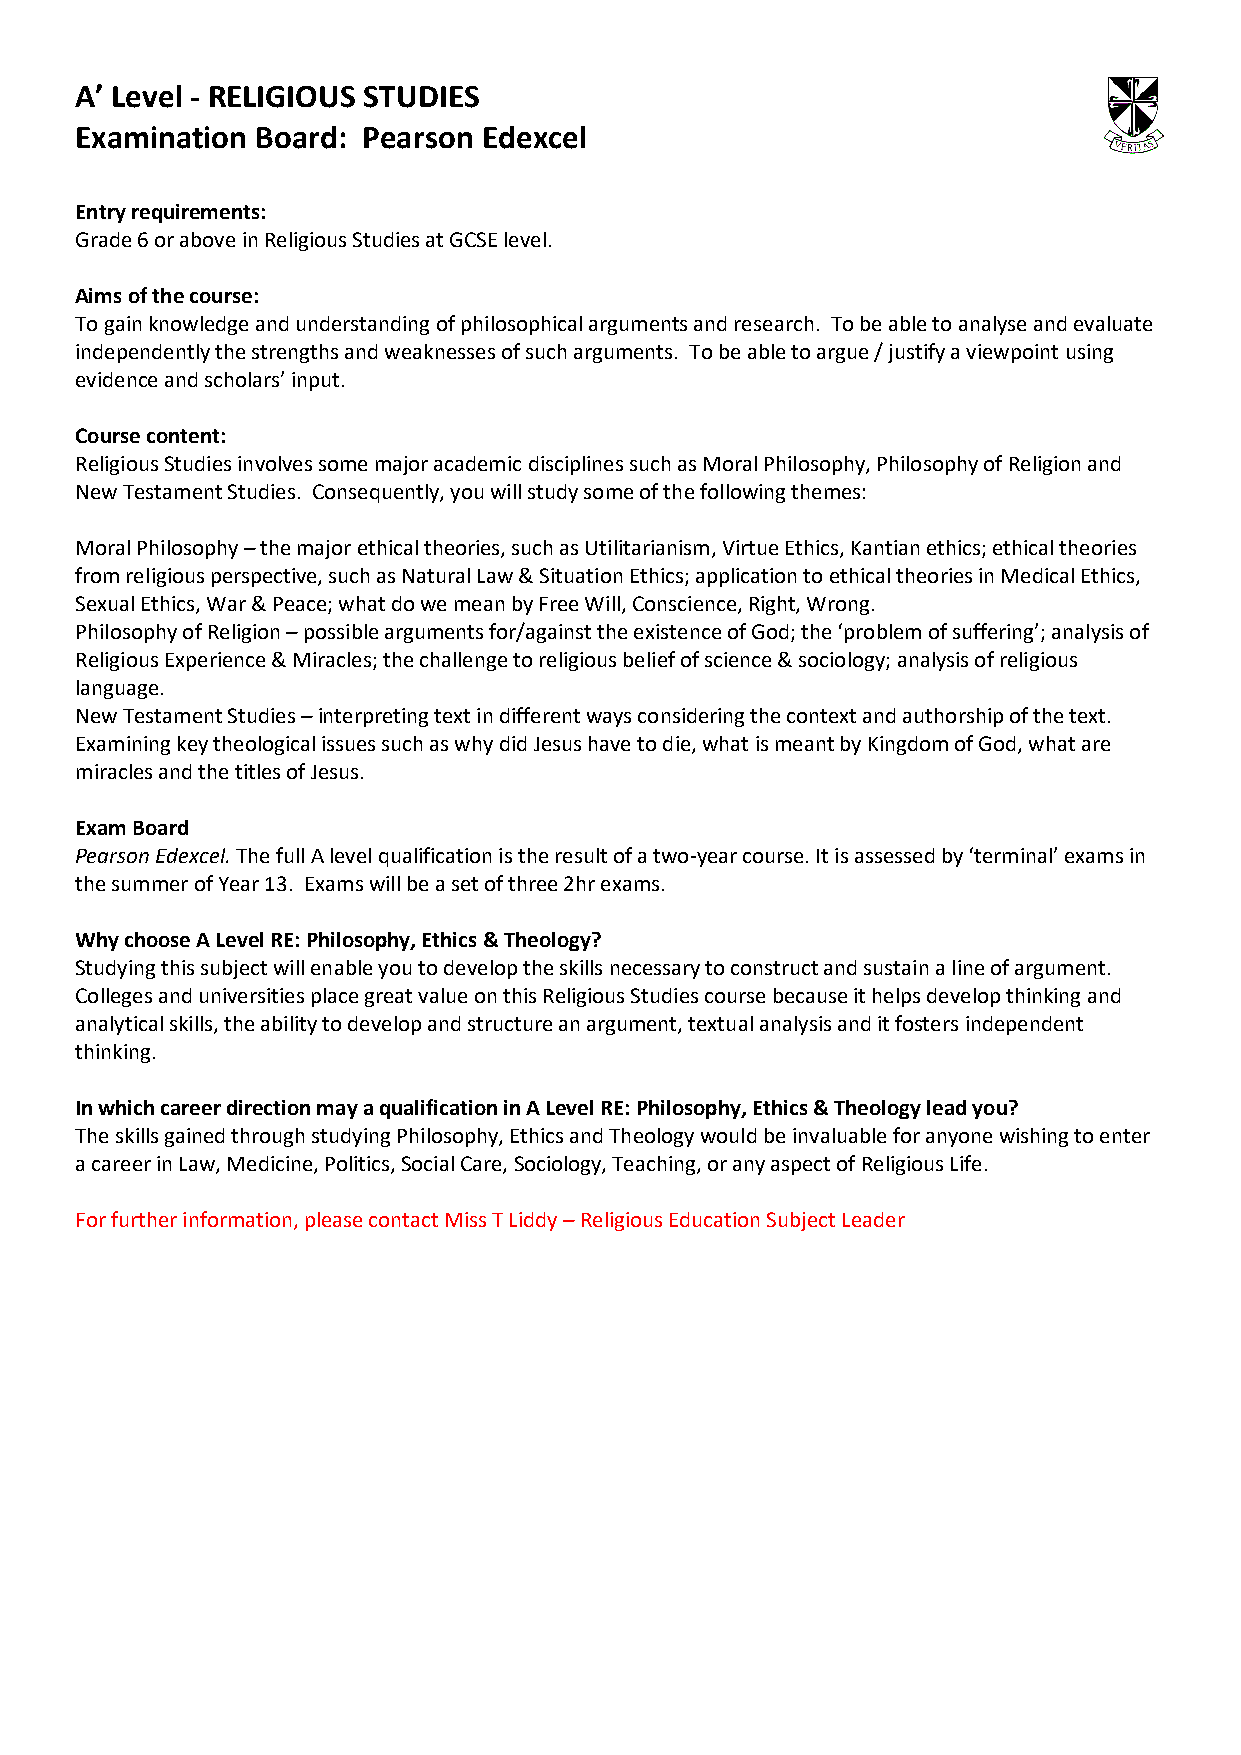
A’ Level - RELIGIOUS STUDIES
 Examination Board: Pearson Edexcel
 Entry requirements:
 Grade 6 or above in Religious Studies at GCSE level.
 Aims of the course:
 To gain knowledge and understanding of philosophical arguments and research. To be able to analyse and evaluate
 independently the strengths and weaknesses of such arguments. To be able to argue / justify a viewpoint using
 evidence and scholars’ input.
 Course content:
 Religious Studies involves some major academic disciplines such as Moral Philosophy, Philosophy of Religion and
 New Testament Studies. Consequently, you will study some of the following themes:
 Moral Philosophy – the major ethical theories, such as Utilitarianism, Virtue Ethics, Kantian ethics; ethical theories
 from religious perspective, such as Natural Law & Situation Ethics; application to ethical theories in Medical Ethics,
 Sexual Ethics, War & Peace; what do we mean by Free Will, Conscience, Right, Wrong.
 Philosophy of Religion – possible arguments for/against the existence of God; the ‘problem of suffering’; analysis of
 Religious Experience & Miracles; the challenge to religious belief of science & sociology; analysis of religious
 language.
 New Testament Studies – interpreting text in different ways considering the context and authorship of the text.
 Examining key theological issues such as why did Jesus have to die, what is meant by Kingdom of God, what are
 miracles and the titles of Jesus.
 Exam Board
 Pearson Edexcel. The full A level qualification is the result of a two-year course. It is assessed by ‘terminal’ exams in
 the summer of Year 13. Exams will be a set of three 2hr exams.
 Why choose A Level RE: Philosophy, Ethics & Theology?
 Studying this subject will enable you to develop the skills necessary to construct and sustain a line of argument.
 Colleges and universities place great value on this Religious Studies course because it helps develop thinking and
 analytical skills, the ability to develop and structure an argument, textual analysis and it fosters independent
 thinking.
 In which career direction may a qualification in A Level RE: Philosophy, Ethics & Theology lead you?
 The skills gained through studying Philosophy, Ethics and Theology would be invaluable for anyone wishing to enter
 a career in Law, Medicine, Politics, Social Care, Sociology, Teaching, or any aspect of Religious Life.
 For further information, please contact Miss T Liddy – Religious Education Subject Leader